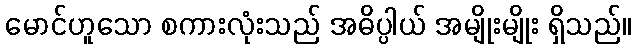
မောင်ဟူသော စကားလုံးသည် အဓိပ္ပါယ် အမျိုးမျိုး ရှိသည်။